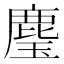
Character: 𮭳